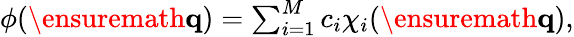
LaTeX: \begin{array}{r}{\phi(\ensuremath{\mathbf{q}})=\sum_{i=1}^{M}c_{i}\chi_{i}(\ensuremath{\mathbf{q}}),}\end{array}